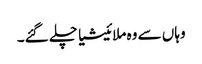
وہاں سے وہ ملائیشیا چلے گئے۔